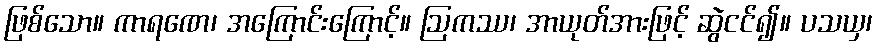
ဖြစ်သော။ ကာရဏေ၊ အကြောင်းကြောင့်။ ဩကဿ၊ အာယုတ်အားဖြင့် ဆွဲငင်၍။ ပသယှ၊